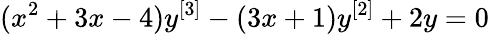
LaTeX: (x^{2}+3x-4)y^{[3]}-(3x+1)y^{[2]}+2y=0